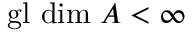
{ \mathrm { g l ~ d i m ~ } } A < \infty